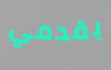
بقدمي